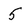
Character: 5